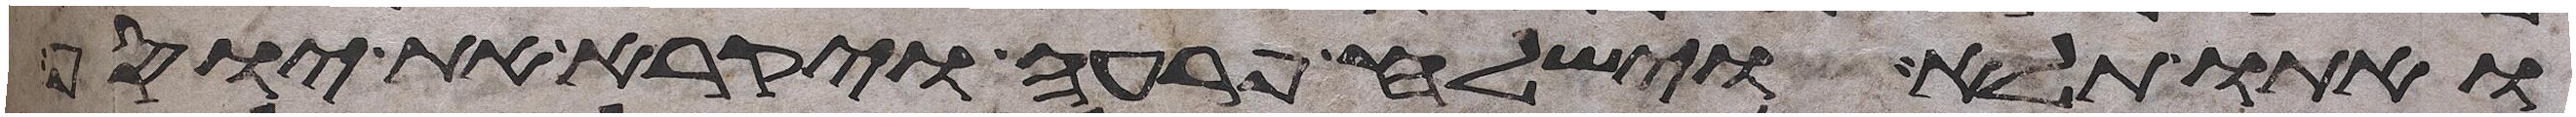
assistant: ואתו תלא וישלח פרעה ויקרא את יוסף